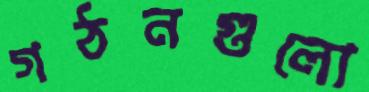
গঠনগুলো